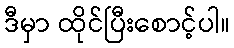
ဒီမှာ ထိုင်ပြီးစောင့်ပါ။